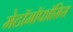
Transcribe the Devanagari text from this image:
मेटॉमॉफॉसिस